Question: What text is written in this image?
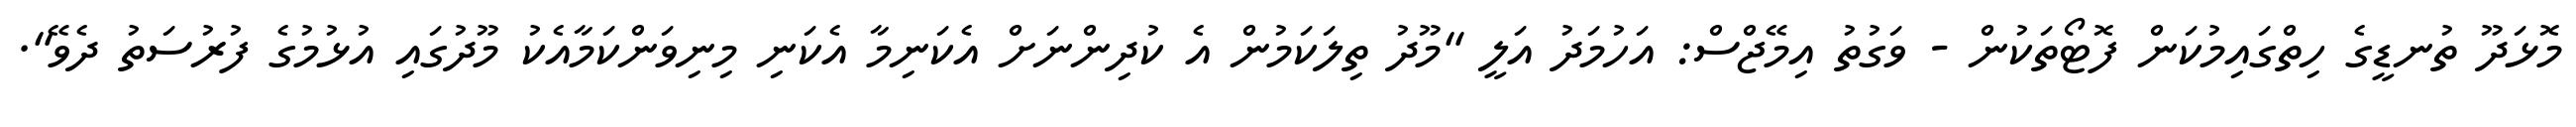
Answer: މޮޅަދޫ ތުނޑީގެ ހިތްގައިމުކަން ފޮޓޯތަކުން - ވަގުތު އިމޭޖްސް: އަހުމަދު އަލީ "މޫދު ތިލަކަމުން އެ ކުދިންނަށް އެކަނިމާ އެކަނި މިނިވަންކަމާއެކު މޫދުގައި އުޅުމުގެ ފުރުސަތު ދެވޭ".